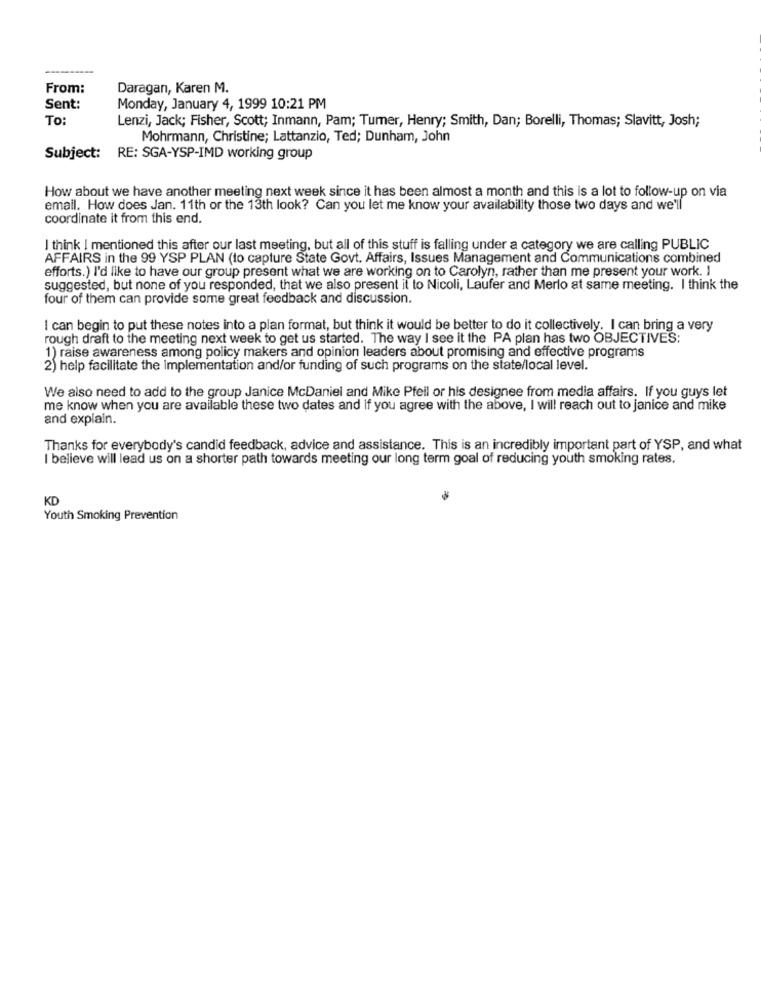
From:
Daragan, Karen M.
Sent:
Monday, January 4, 1999 10:21 PM
To
Lenzi, Jack; Fisher, Scott; Inmann, Pam; Turner, Henry; Smith, Dan; Borelli, Thomas; Slavitt, Josh;
Mohrmann, Christine; Lattanzio, Ted; Dunham, John
Subject: RE: SGA-YSP-IMD working group
How about we have another meeting next week since it has been almost a month and this is a lot to follow-up on via
email. How does Jan. 11th or the 13th look? Can you let me know your availability those two days and we'll
coordinate it from this end.
I think I mentioned this after our last meeting, but all of this stuff is falling under a category we are calling PUBLIC
AFFAIRS in the 99 YSP PLAN (to capture State Govt. Affairs, Issues Management and Communications combined
efforts.) I'd like to have our group present what we are working on to Carolyn, rather than me present your work. I
suggested, but none of you responded, that we also present it to Nicoli, Laufer and Merlo at same meeting. I think the
four of them can provide some great feedback and discussion.
I can begin to put these notes into a plan format, but think it would be better to do it collectively. I can bring a very
rough draft to the meeting next week to get us started. The way I see it the PA plan has two OBJECTIVES:
1) raise awareness among policy makers and opinion leaders about promising and effective programs
2) help facilitate the implementation and/or funding of such programs on the state/local level.
We also need to add to the group Janice McDaniel and Mike Pfeil or his designee from media affairs. If you guys let
me know when you are available these two dates and if you agree with the above, I will reach out to janice and mike
and explain.
Thanks for everybody's candid feedback, advice and assistance. This is an incredibly important part of YSP, and what
believe will lead us on a shorter path towards meeting our long term goal of reducing youth smoking rates.
KD
Youth Smoking Prevention